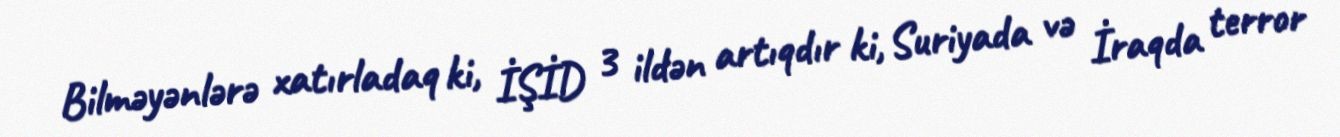
Bilməyənlərə xatırladaq ki, İŞİD 3 ildən artıqdır ki, Suriyada və İraqda terror